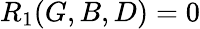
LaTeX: R_{1}(G,B,D)=0